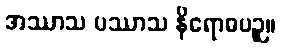
အဿာသ ပဿာသ နိရောဓပဉှ။